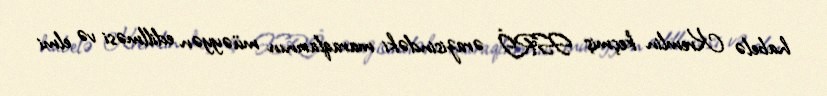
habelə Kremlin keçmiş SSRİ ərazisindəki maraqlarının müəyyən edillməsi və elmi